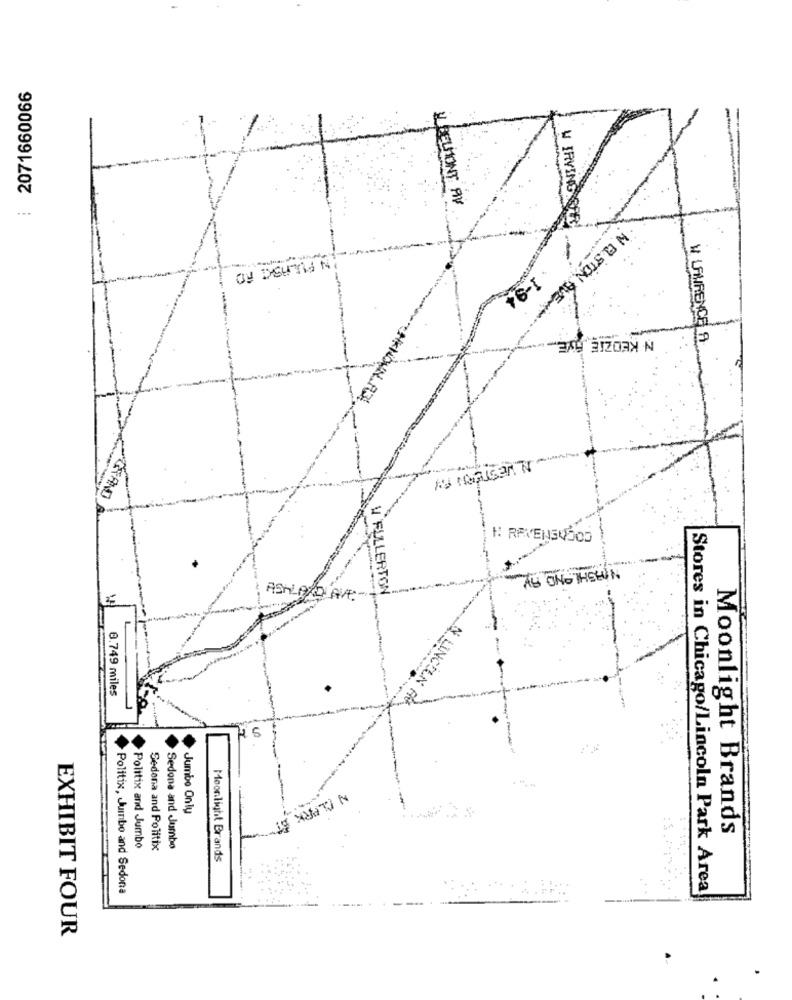
2071660066
ILBELMONT AV
W IRVING SA
1-94
IN ELSTON ALE-
N KEDZIE
V LANRENCE LA
AU ONG THEMIN
V FULLERTON
8.749 miles
0
Jumbo Only
Moonlight Brands
Politix and Jumbo
Sedena and Politix
Sedona and Jumbo
Moonlight Brands
Politix, Jumbo and Sedona
Stores in Chicago/Lincoln Park Area
EXHIBIT FOUR